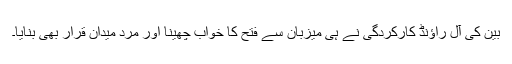
بین کی آل راؤنڈ کارکردگی نے ہی میزبان سے فتح کا خواب چھینا اور مرد میدان قرار بھی بنایا۔